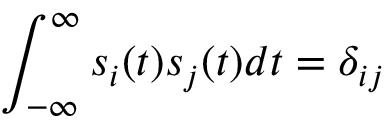
\int _ { - \infty } ^ { \infty } s _ { i } ( t ) s _ { j } ( t ) d t = \delta _ { i j }